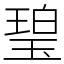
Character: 𤧥